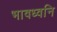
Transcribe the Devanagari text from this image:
भावध्वनि